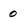
Character: 0